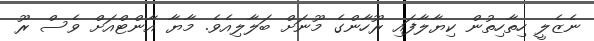
ނެޒެލީ ހިތާހިތުން ކިޔާލާފައި ރޫހާންގެ މޫނަށް ބަލާލިއެވެ. މާޔާ އާންޓްއަށް ވެސް ރޫ